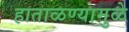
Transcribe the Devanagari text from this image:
हाताळण्यामुळे